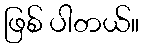
ဖြစ် ပါတယ်။